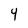
Character: 4